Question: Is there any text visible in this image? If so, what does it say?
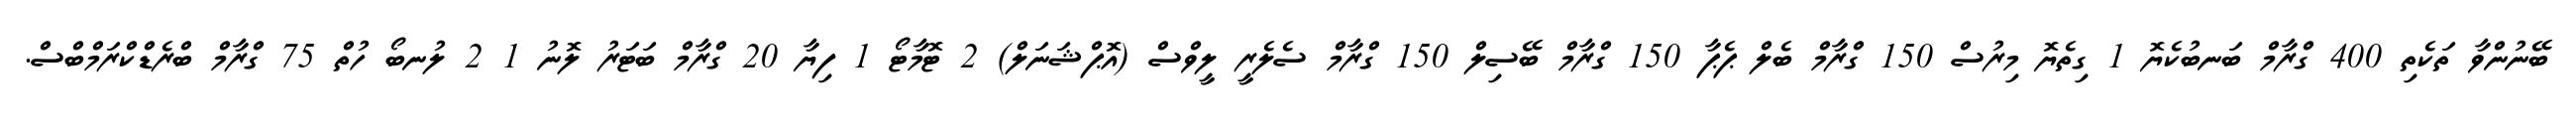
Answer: ބޭނުންވާ ތަކެތި 400 ގްރާމް ބަނބުކެޔޮ 1 ގިތެޔޮ މިރުސް 150 ގްރާމް ބެލް ޕެޕާ 150 ގްރާމް ބޭސިލް 150 ގްރާމް ސެލެރީ ލީވްސް (އޮޕްޝަނަލް) 2 ޓޮމާޓޯ 1 ފިޔާ 20 ގްރާމް ބަޓަރު ލޮނު 1 2 ލުނބޯ ހުތް 75 ގްރާމް ބްރެޑްކްރަމްބްސް.